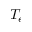
T _ { e }